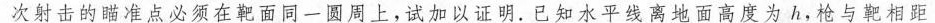
次射击的瞄准点必须在靶面同一圆周上，试加以证明。已知水平线离地面高度为h，枪与靶相距